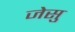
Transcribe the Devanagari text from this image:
जेसु